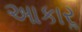
આકારૢ